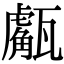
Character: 𤮝